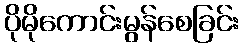
ပိုမိုကောင်းမွန်စေခြင်း